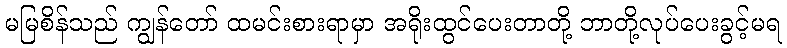
မမြစိန်သည် ကျွန်တော် ထမင်းစားရာမှာ အရိုးထွင်ပေးတာတို့ ဘာတို့လုပ်ပေးခွင့်မရ